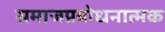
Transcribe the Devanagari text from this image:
समाजप्रबोधनात्मक